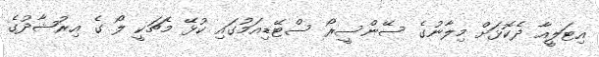
އިޓަލީއާ ދެކޮޅަށް މިލާނުގެ ސޭންސީރޯ ސްޓޭޑިއަމުގައި ކުޅޭ މެޗަކީ ލޯ ގެ އިރުޝާދުގެ